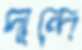
দান্দে